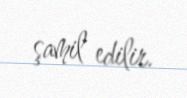
şamil edilir.